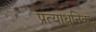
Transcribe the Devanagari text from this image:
प्रत्याधुनिक